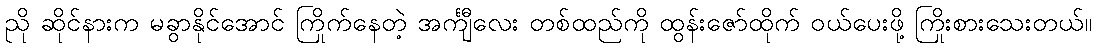
ညို ဆိုင်နားက မခွာနိုင်အောင် ကြိုက်နေတဲ့ အင်္ကျီလေး တစ်ထည်ကို ထွန်းဇော်ထိုက် ဝယ်ပေးဖို့ ကြိုးစားသေးတယ်။